Vaccination United Provinces of Agra and Oudh 1923-1928 - 1923-1928
Year: 1923
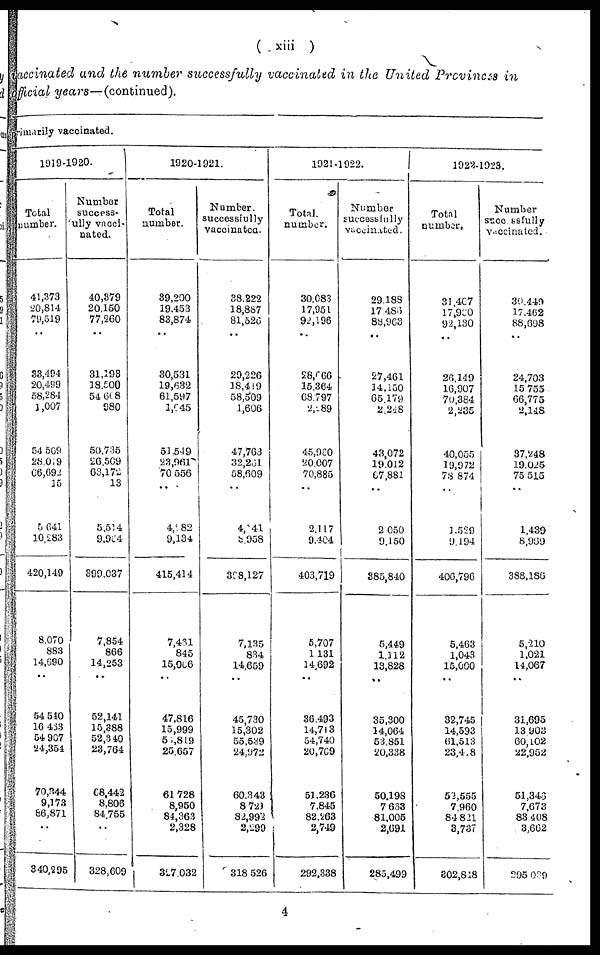
( xiii )
accinated and the number successfully vaccinated in the United Provinces in
official years—(continued).
primarily vaccinated.
1919-1920.
Total
number.
41,373
20,814
79,519
..
33,494
20,499
58,284
1,007
54,509
28,019
66,692
15
5,641
10,283
420,149
8,070
883
14,690
54,540
16,433
54,907
24,354
70,344
9,173
86,871
340,295
Number
success¬
fully vacci-
nated.
40,379
20,150
77,260
31,193
18,500
54,608
980
50,735
26,509
63,172
13
5,514
9,904
399,037
7,854
866
14,253
..
52,141
15,388
52,340
23,764
68,442
8,806
84,755
328,609
1920-1921.
Total
number.
39,200
19,453
83,874
..
30,531
19,632
61,597
1,645
51,549
23,961
70,556
..
4,982
9,134
415,414
7,431
845
15,066
..
47,816
15,999
56,819
25,657
61,728
8,950
84,363
2,328
327,032
Number
successfully
vaccinated.
38,222
18,887
81,526
..
29,226
18,419
58,509
1,606
47,763
32,261
58,609
..
4,141
8,958
398,127
7,135
834
14,659
..
45,730
15,302
55,539
24,972
60,343
8,729
82,992
2,299
318,526
1921-1922.
Total.
number.
30,083
17,951
92,196
28,666
15,364
68,797
2,289
45,960
20,007
70,885
..
2,117
9,404
403,719
5,707
1,131
14,692
..
36,493
14,713
54,740
20,769
51,236
7,845
82,263
2,749
292,338
Number
successfully
vaccinated.
29,188
17,486
88,963
..
27,461
14,150
65,179
2,248
43,072
19,012
67,881
..
2,050
9,150
385,840
5,449
1,112
13,828
..
35,300
14,064
53,851
20,338
50,198
7,633
81,005
2,691
285,499
1922-1923.
Total
number.
31,407
17,960
92,130
..
26,149
16,907
70,384
2,235
40,055
19,972
78,874
..
1,529
9,194
406,796
5,463
1,043
15,000
..
32,745
14,533
61,513
23,418
52,555
7,960
84,821
3,737
302,848
Number
successfully
vaccinated.
30,449
17,462
88,698
..
24,703
15,755
66,775
2,148
37,248
19,025
75,515
..
1,439
8,969
388,186
5,210
1,021
14,067
..
31,695
13,903
60,102
22,952
51,346
7,673
83,408
3,662
295,039
4